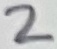
Text: 2